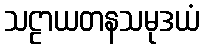
သဠာယတနသမုဒယံ